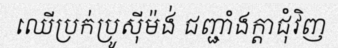
ឈើប្រក់ប្រូស៊ីម៉ង់ ជញ្ជាំងក្តាជុំវិញ